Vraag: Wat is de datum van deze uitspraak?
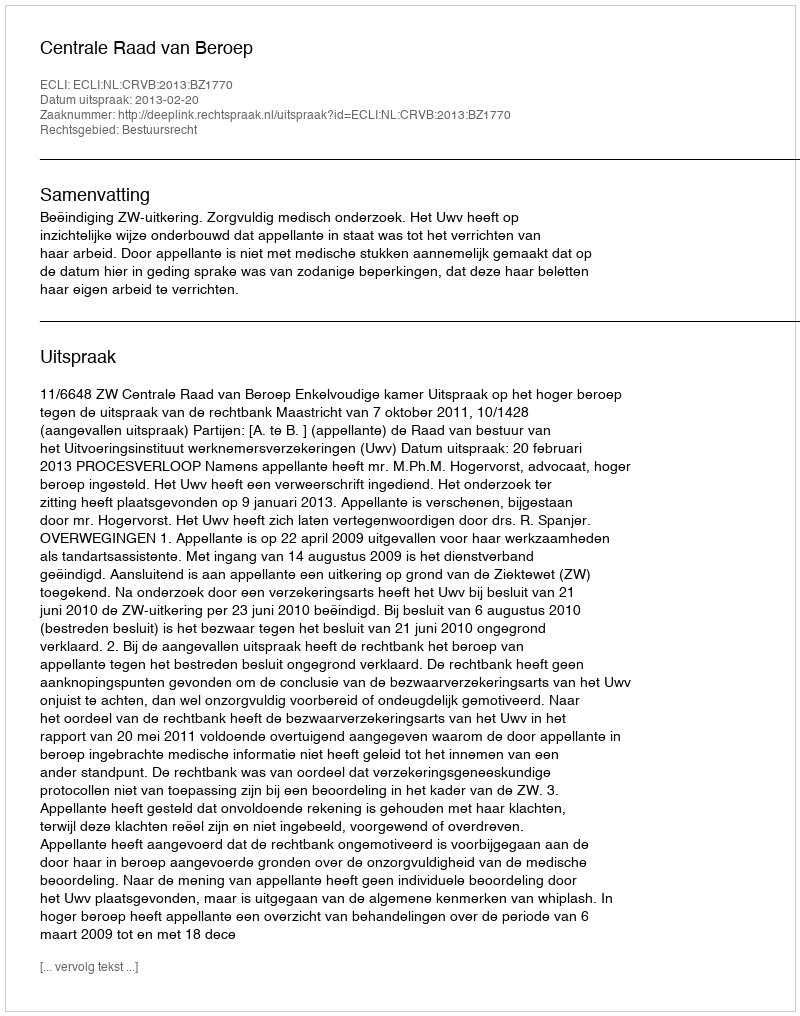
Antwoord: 2013-02-20